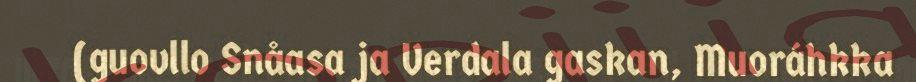
(guovllo Snåasa ja Verdala gaskan, Muoráhkka